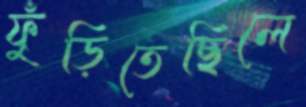
ফুঁড়িতেছিলে